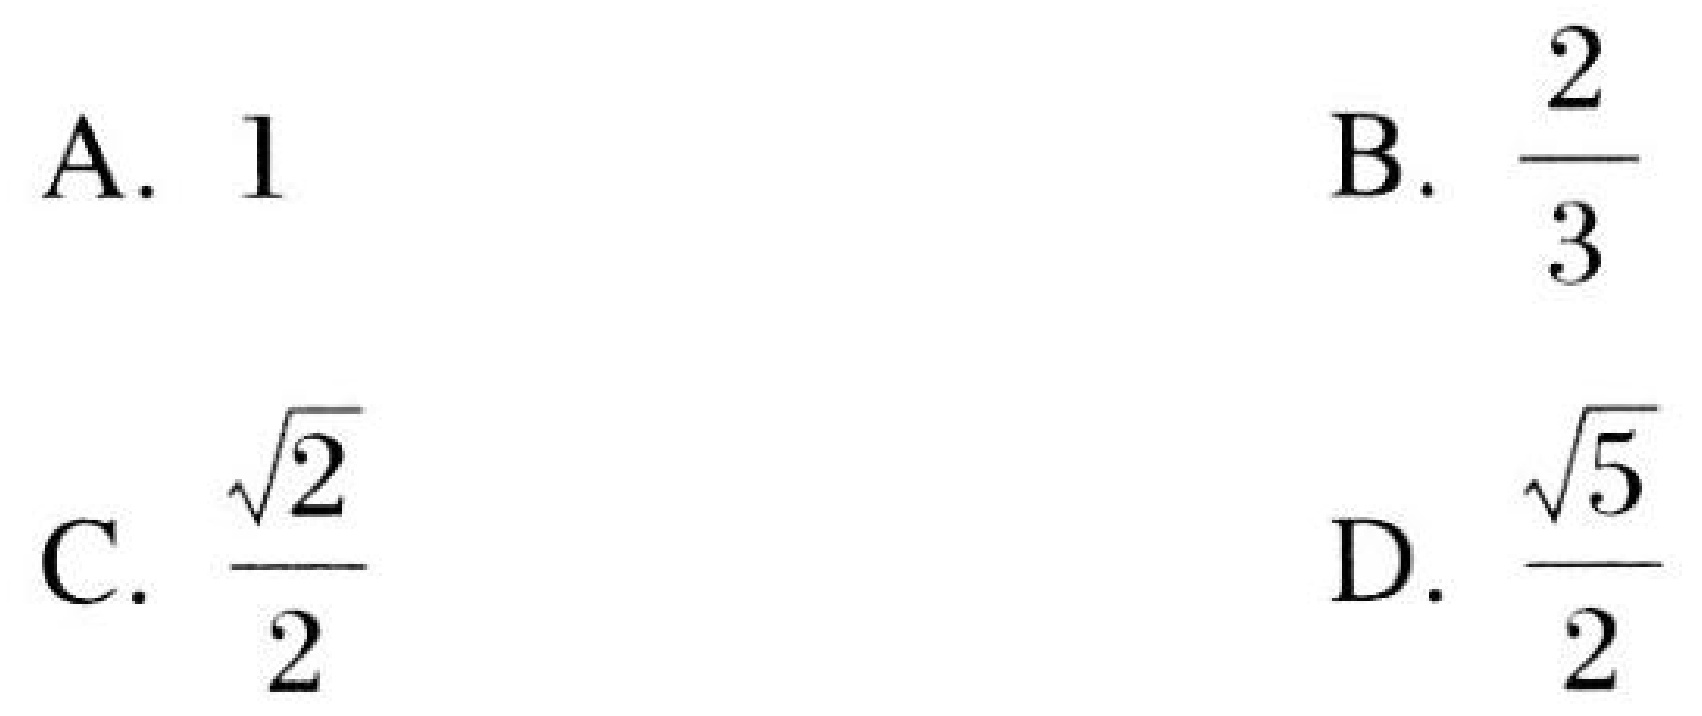
A. \(1\)  B. \(\dfrac{2}{3}\)
C. \(\dfrac{\sqrt{2}}{2}\)  D. \(\dfrac{\sqrt{5}}{2}\)